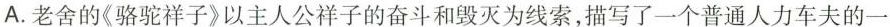
A.老舍的《骆驼祥子》以主人公祥子的奋斗和毁灭为线索，描写了一个普通人力车夫的一